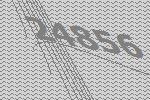
24856